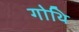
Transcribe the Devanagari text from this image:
गोथि